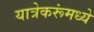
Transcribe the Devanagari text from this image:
यात्रेकरूंमध्ये